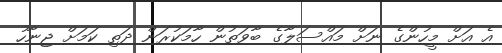
އެ އަށް މީހުންގެ ނަށް މައްސަލާގެ ބާވަތުން ހާމަކުރަން ދަތި ކަމަށް ޖިނާހު